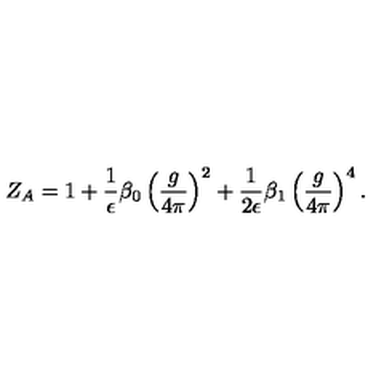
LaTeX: Z _ { A } = 1 + \frac { 1 } { \epsilon } \beta _ { 0 } \left( \frac { g } { 4 \pi } \right) ^ { 2 } + \frac { 1 } { 2 \epsilon } \beta _ { 1 } \left( \frac { g } { 4 \pi } \right) ^ { 4 } .